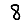
Digit: 8